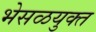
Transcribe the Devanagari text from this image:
भेसळयुक्त